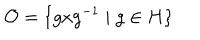
{ \cal O } = \{ g x g ^ { - 1 } \mid g \in H \} \nonumber